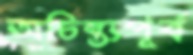
অচিন্ত্যপূর্ব